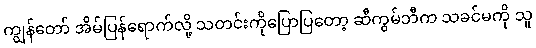
ကျွန်တော် အိမ်ပြန်ရောက်လို့ သတင်းကိုပြောပြတော့ ဆီကွမ်ဘီက သခင်မကို သူ